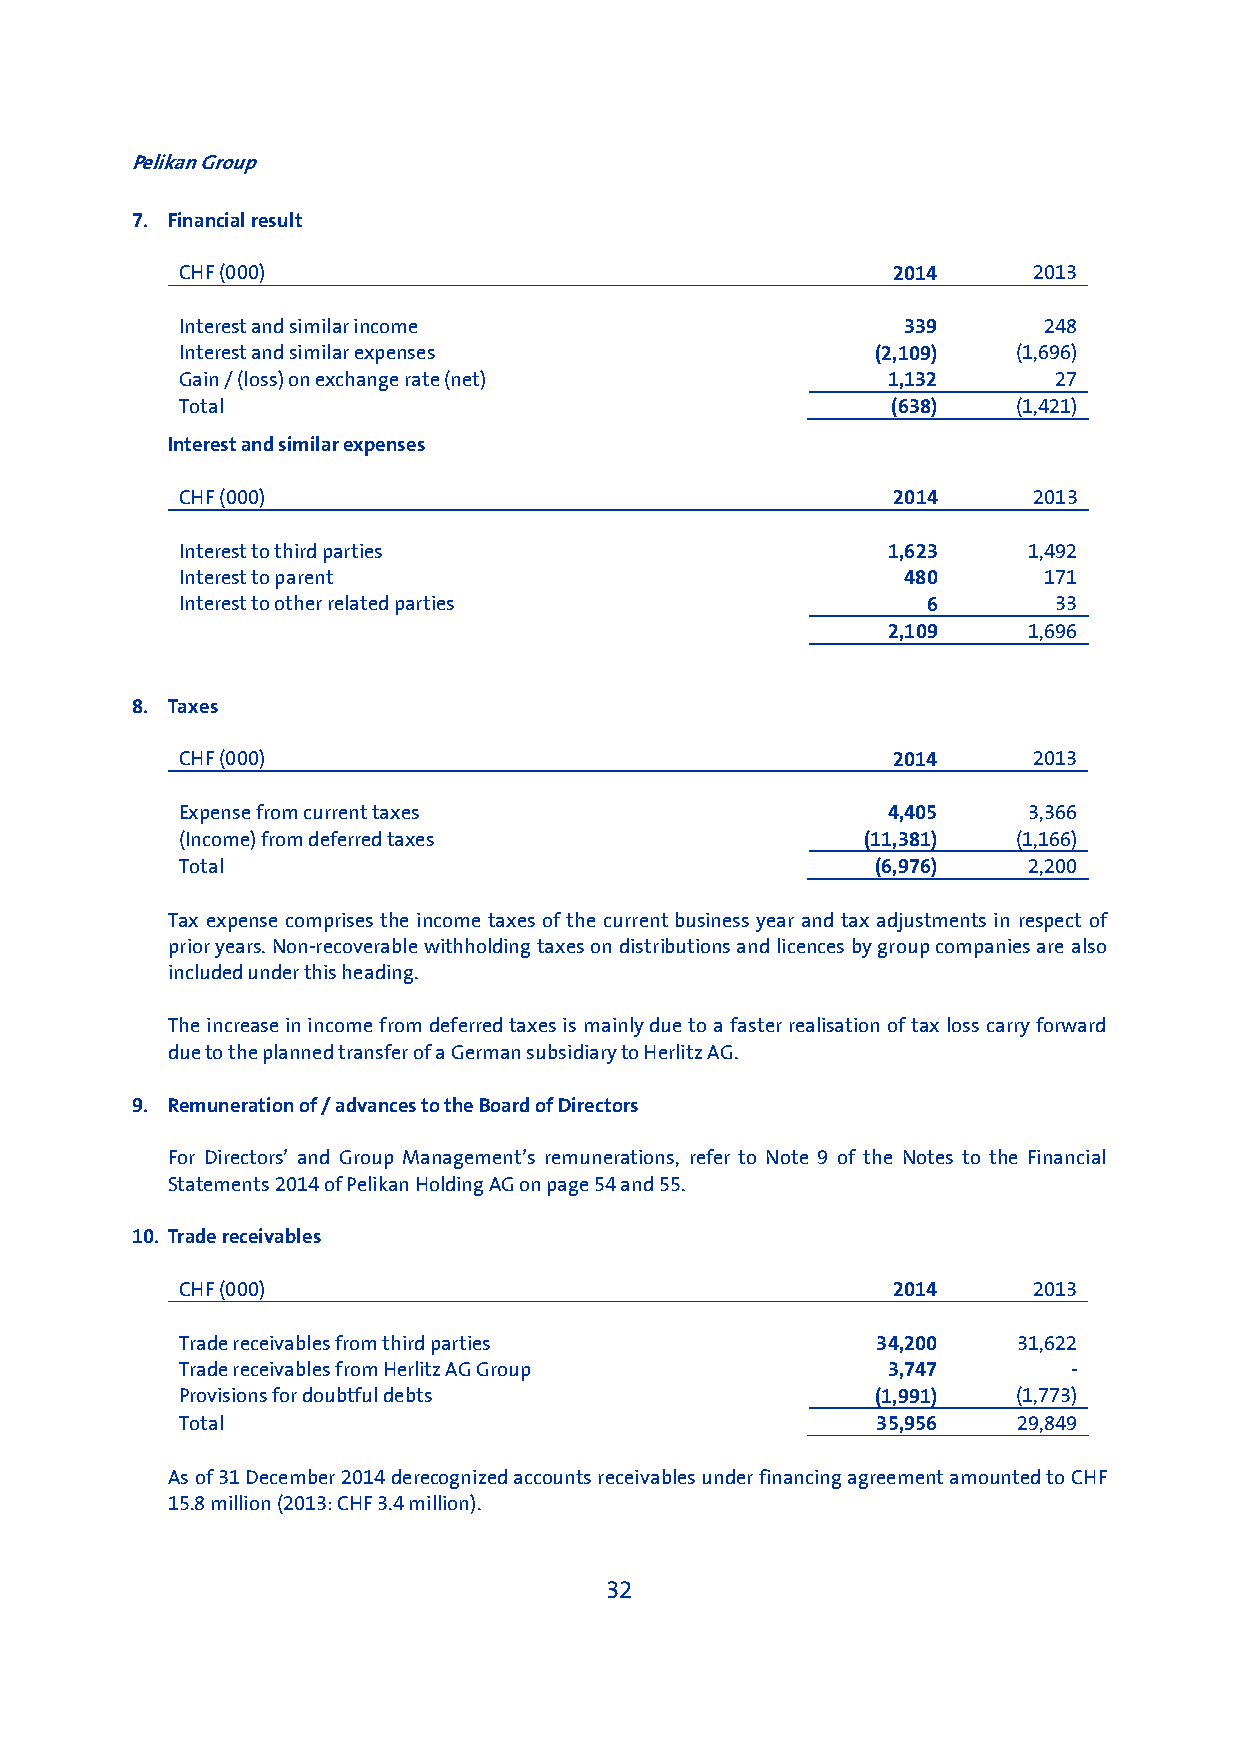
Pelikan Group
 7. Financial result
 CHF (000)                                      2014     2013
 Interest and similar income                     339      248
 Interest and similar expenses                 (2,109)  (1,696)
 Gain / (loss) on exchange rate (net)           1,132      27
 Total                                          (638)   (1,421)
 Interest and similar expenses
 CHF (000)                                      2014     2013
 Interest to third parties                      1,623    1,492
 Interest to parent                              480      171
 Interest to other related parties                6        33
 2,109    1,696
 8. Taxes
 CHF (000)                                      2014     2013
 Expense from current taxes                     4,405    3,366
 (Income) from deferred taxes                 (11,381)  (1,166)
 Total                                         (6,976)   2,200
 Tax expense comprises the income taxes of the current business year and tax adjustments in respect of
 prior years. Non-recoverable withholding taxes on distributions and licences by group companies are also
 included under this heading.
 The increase in income from deferred taxes is mainly due to a faster realisation of tax loss carry forward
 due to the planned transfer of a German subsidiary to Herlitz AG.
 9. Remuneration of / advances to the Board of Directors
 For Directors’ and Group Management’s remunerations, refer to Note 9 of the Notes to the Financial
 Statements 2014 of Pelikan Holding AG on page 54 and 55.
 10. Trade receivables
 CHF (000)                                      2014     2013
 Trade receivables from third parties          34,200   31,622
 Trade receivables from Herlitz AG Group        3,747       -
 Provisions for doubtful debts                 (1,991)  (1,773)
 Total                                         35,956   29,849
 As of 31 December 2014 derecognized accounts receivables under financing agreement amounted to CHF
 15.8 million (2013: CHF 3.4 million).
 32